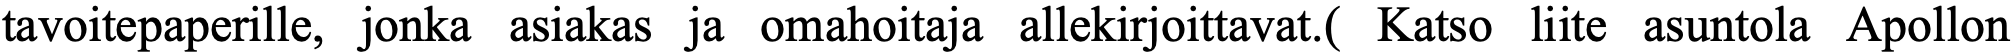
tavoitepaperille, jonka asiakas ja omahoitaja allekirjoittavat.( Katso liite asuntola Apollon